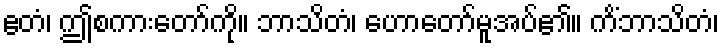
ဧတံ၊ ဤစကားတော်ကို။ ဘာသိတံ၊ ဟောတော်မူအပ်၏။ ကိံဘာသိတံ၊